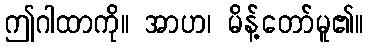
ဤဂါထာကို။ အာဟ၊ မိန့်တော်မူ၏။